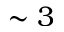
\sim 3